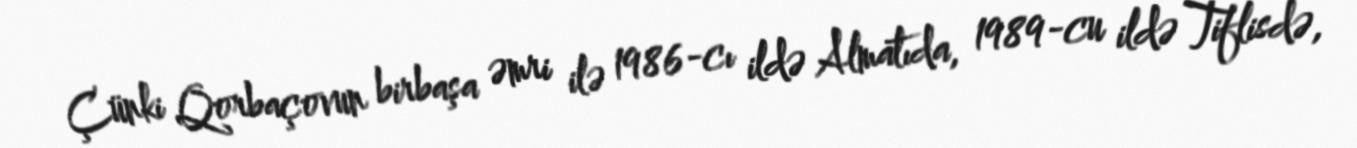
Çünki Qorbaçovun birbaşa əmri ilə 1986-cı ildə Almatıda, 1989-cu ildə Tiflisdə,